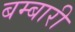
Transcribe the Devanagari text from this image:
बम्बारी